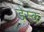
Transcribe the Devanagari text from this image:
डेस्‍क